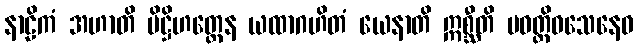
နာဠိကံ အဟာတိ ပိဋ္ဌိဟတ္ထေန ယထာဂဟိတံ ယေနာတိ ဣစ္ဆီတိ ပဝတ္တိဝသေနေဝ